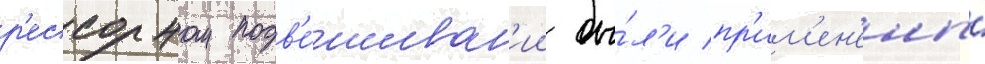
р'ессорном подв'е́шиван'ии бы́л'и пр'им'ен'ены́